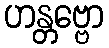
ဟန္တဗ္ဗော